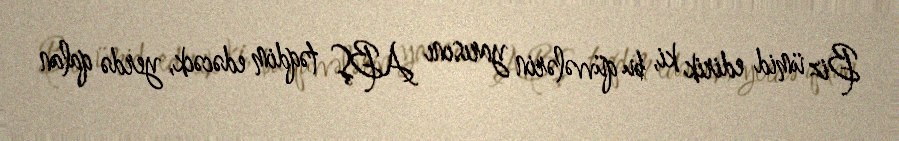
Biz ümid edirik ki, bu qüvvələrin yarısını ABŞ təqdim edəcəck, yerdə qalan